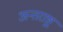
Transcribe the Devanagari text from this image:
अन्तराष्ट्र